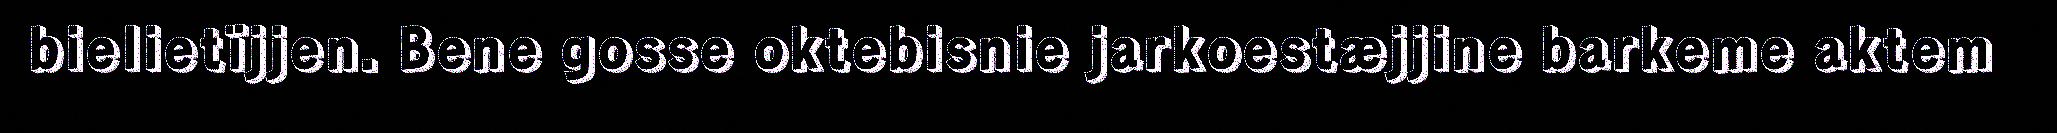
bielietïjjen. Bene gosse oktebisnie jarkoestæjjine barkeme aktem